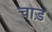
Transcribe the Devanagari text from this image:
चाड़